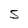
Character: S